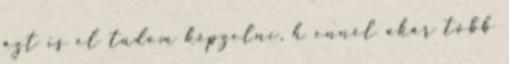
azt is el tudom képzelni, h ennél akár több